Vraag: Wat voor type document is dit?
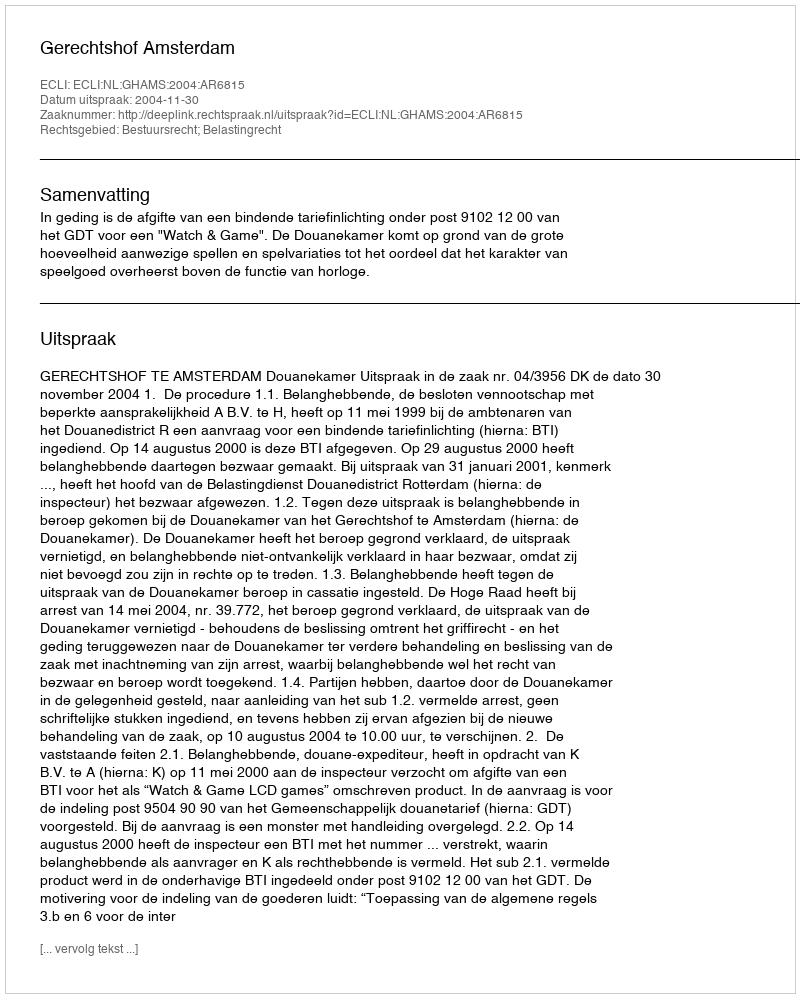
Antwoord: Uitspraak